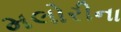
મલોરીના